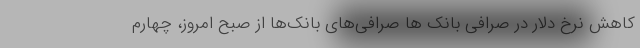
کاهش نرخ دلار در صرافی بانک ها صرافی‌های بانک‌ها از صبح امروز، چهارم